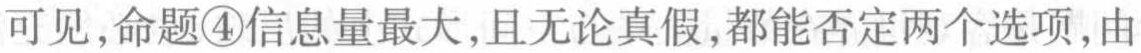
可见，命题\textcircled{4}信息量最大，且无论真假，都能否定两个选项，由